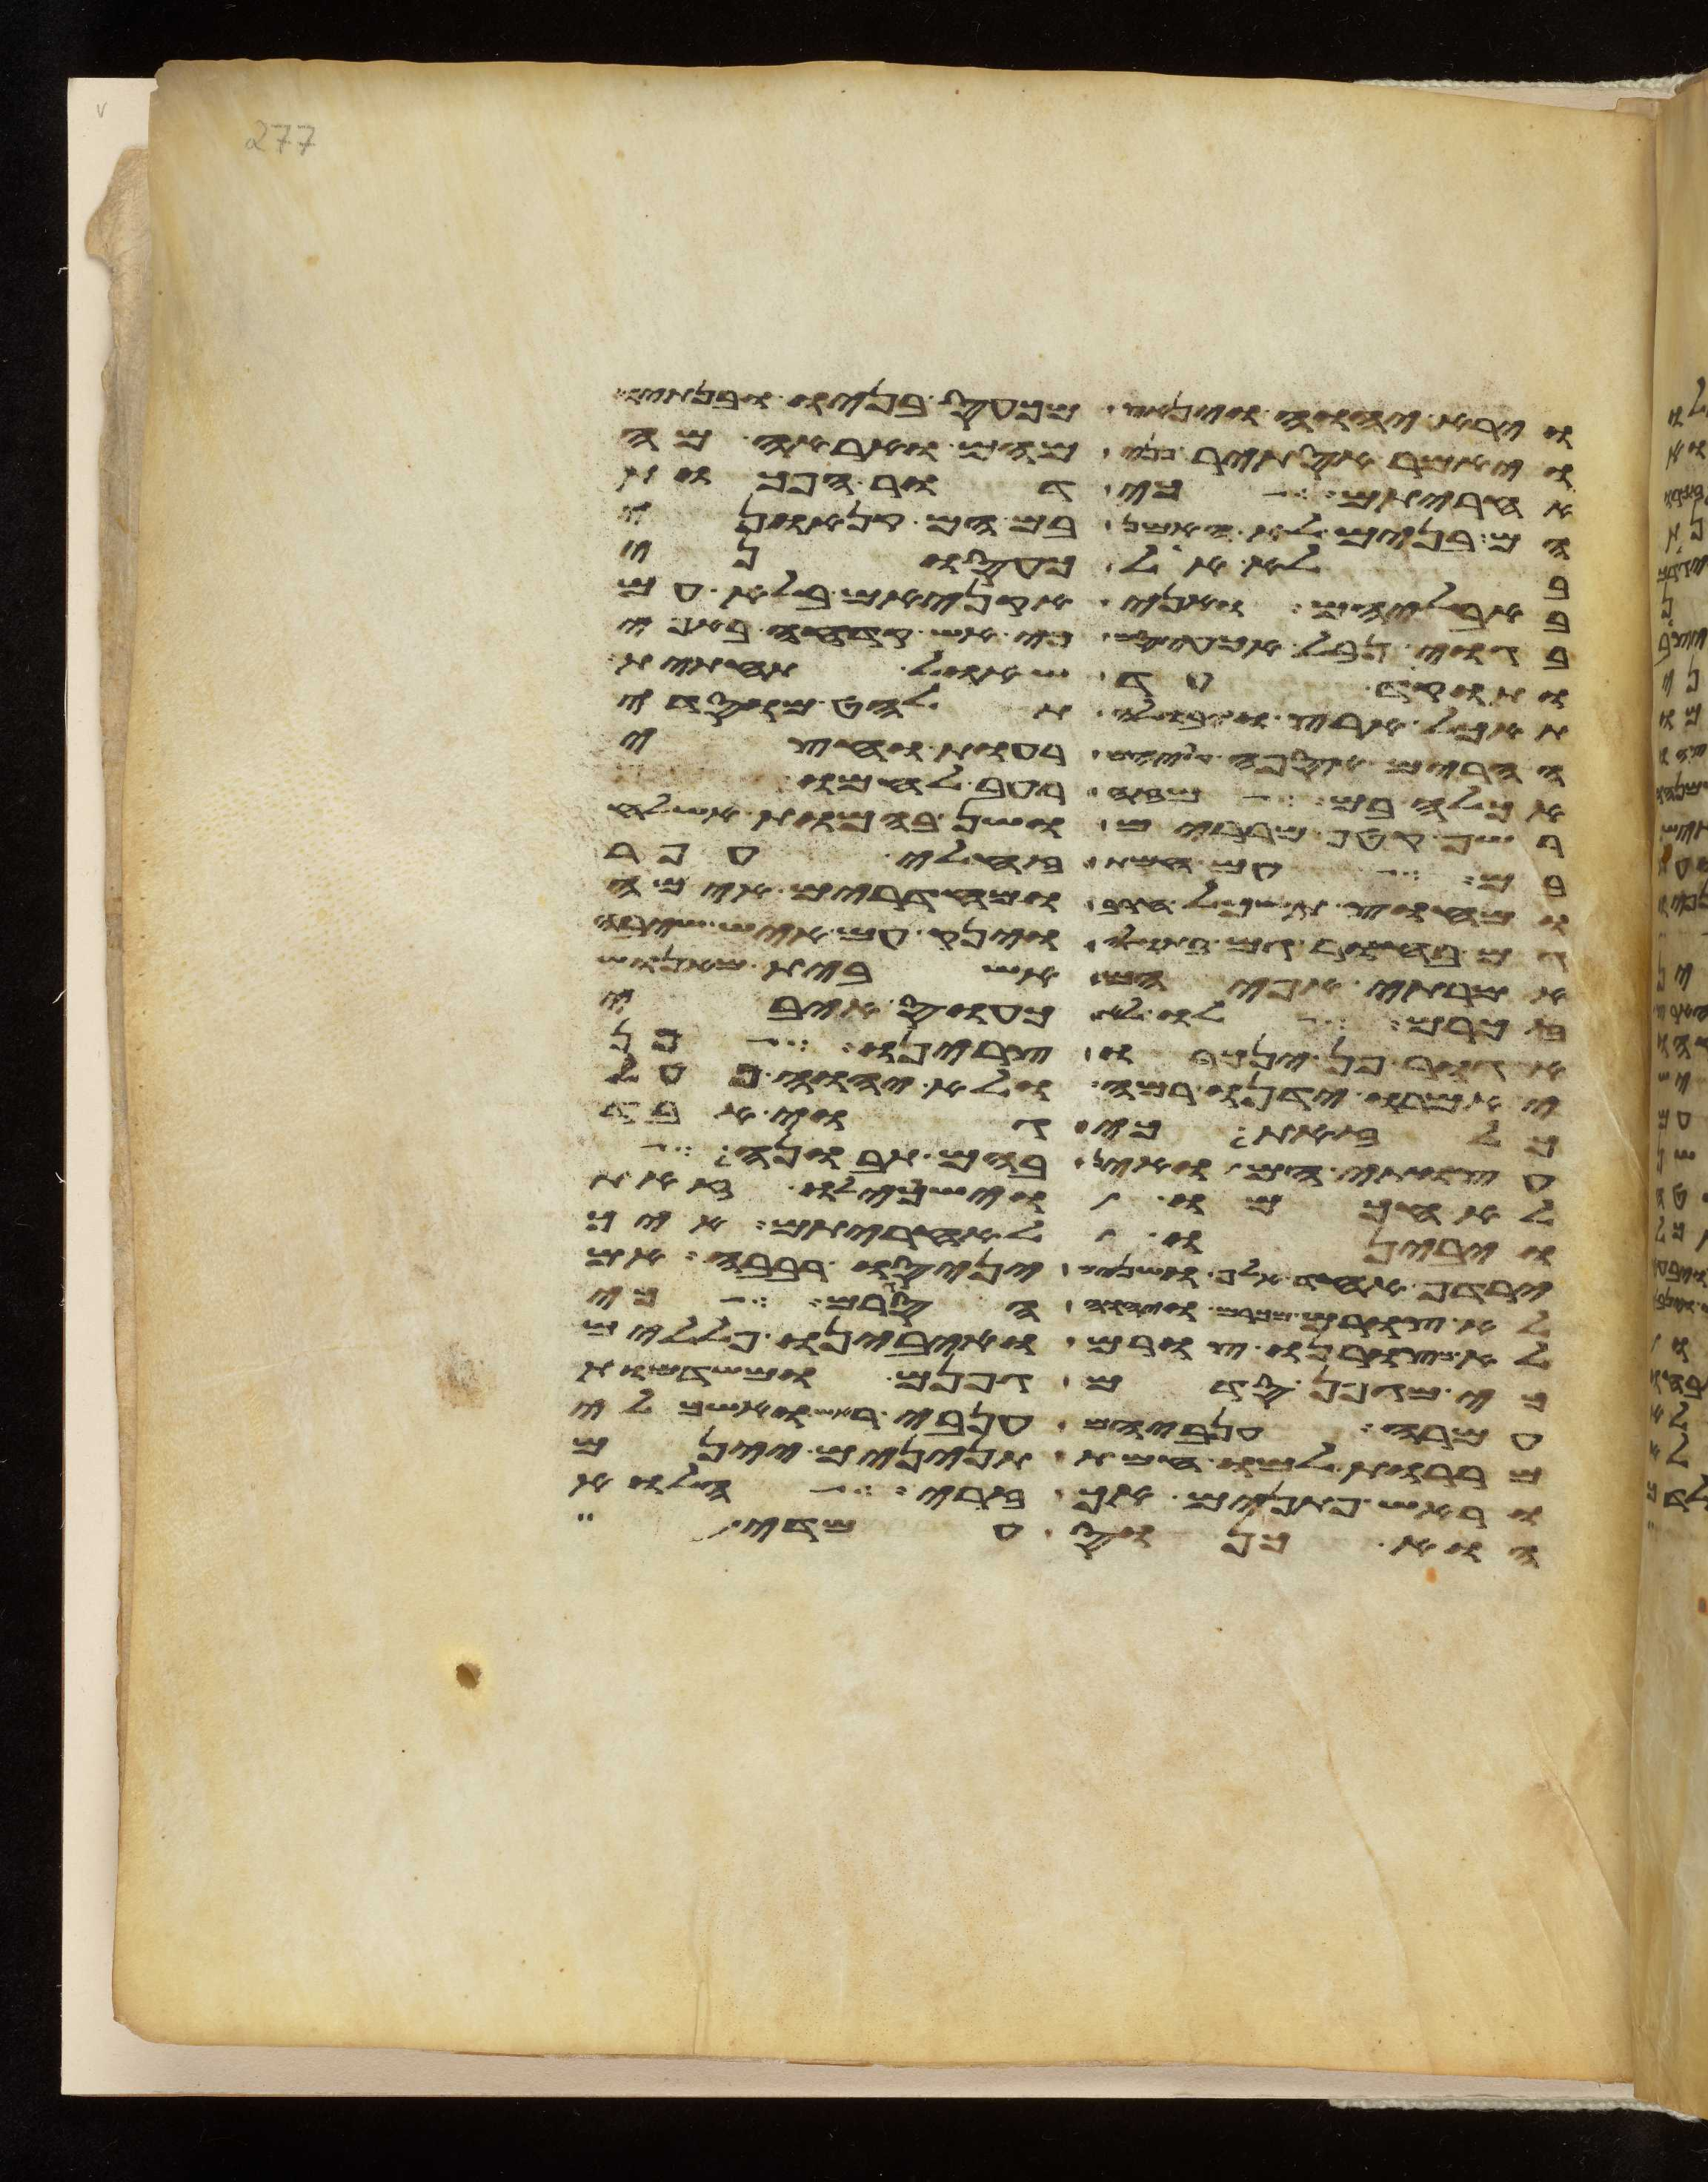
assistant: וירא יהוה וינאץ מכעס בניו ובנתיו
ויאמר אסתיר פני מהם ואראה מה
אחריתם כי דור הפכות
הם בנים לא האמן בם הם קנאוני
בלא אל כעסוני
באבליהם ואני אקניאם בלא עם
בגוי נבל אכעיסם כי אש קדחה באפי
ותוקד עד שאל תחתית
תאכל ארץ ויבולה תלחט מוסדי
הרים אספה עליהם רעות וחצי
אכלה בם מזה רעב לחמו
רשף קטף מררים ושן בהמות אשלח
בם עם חמת זחלי עפר
מחוץ תשכל חרב ומחדרים אימה
גם בחור גם בתולה וינק עם איש שיבה
אמרתי אפי הם אשבית מאנוש
זכרם לו לא כעס איבי
אגור פן ינכרו צרינו פן
יאמרו ידינו רמה ולא יהוה פעל
כל זאת כי גוי אבד
עצות הם ואין בהם תבונה
לא חכמו וישכילו זאת
ויבינו לאחריתם איך
ירדף אחד אלף ושנים יניסו רבבה אם
לא צורם מכרם ויהוה הסגירם כי
לא כצורנו צורם ואיבינו פללים
מגפן סדם גפנם ומשדמות
עמרה ענביהם ענבי ראש ואשכלי
מררות למו חמת תנינים יינם
וראש פתנים אך זרי הלוא
הוא כנוס עמדי